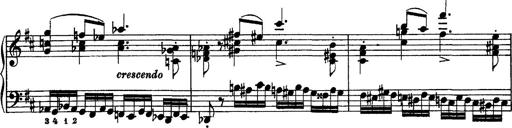
Title: Piano Sonata
Composer: Karl HÃ¤ssler
Key: C major